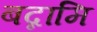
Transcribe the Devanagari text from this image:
बद्नामि